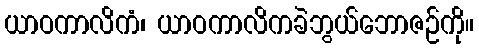
ယာဝကာလိကံ၊ ယာဝကာလိကခဲဘွယ်ဘောဇဉ်ကို။